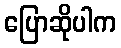
ပြောဆိုပါက